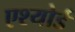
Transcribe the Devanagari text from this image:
एश्योर्ड